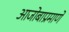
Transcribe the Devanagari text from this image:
आजोबाप्रमाणे